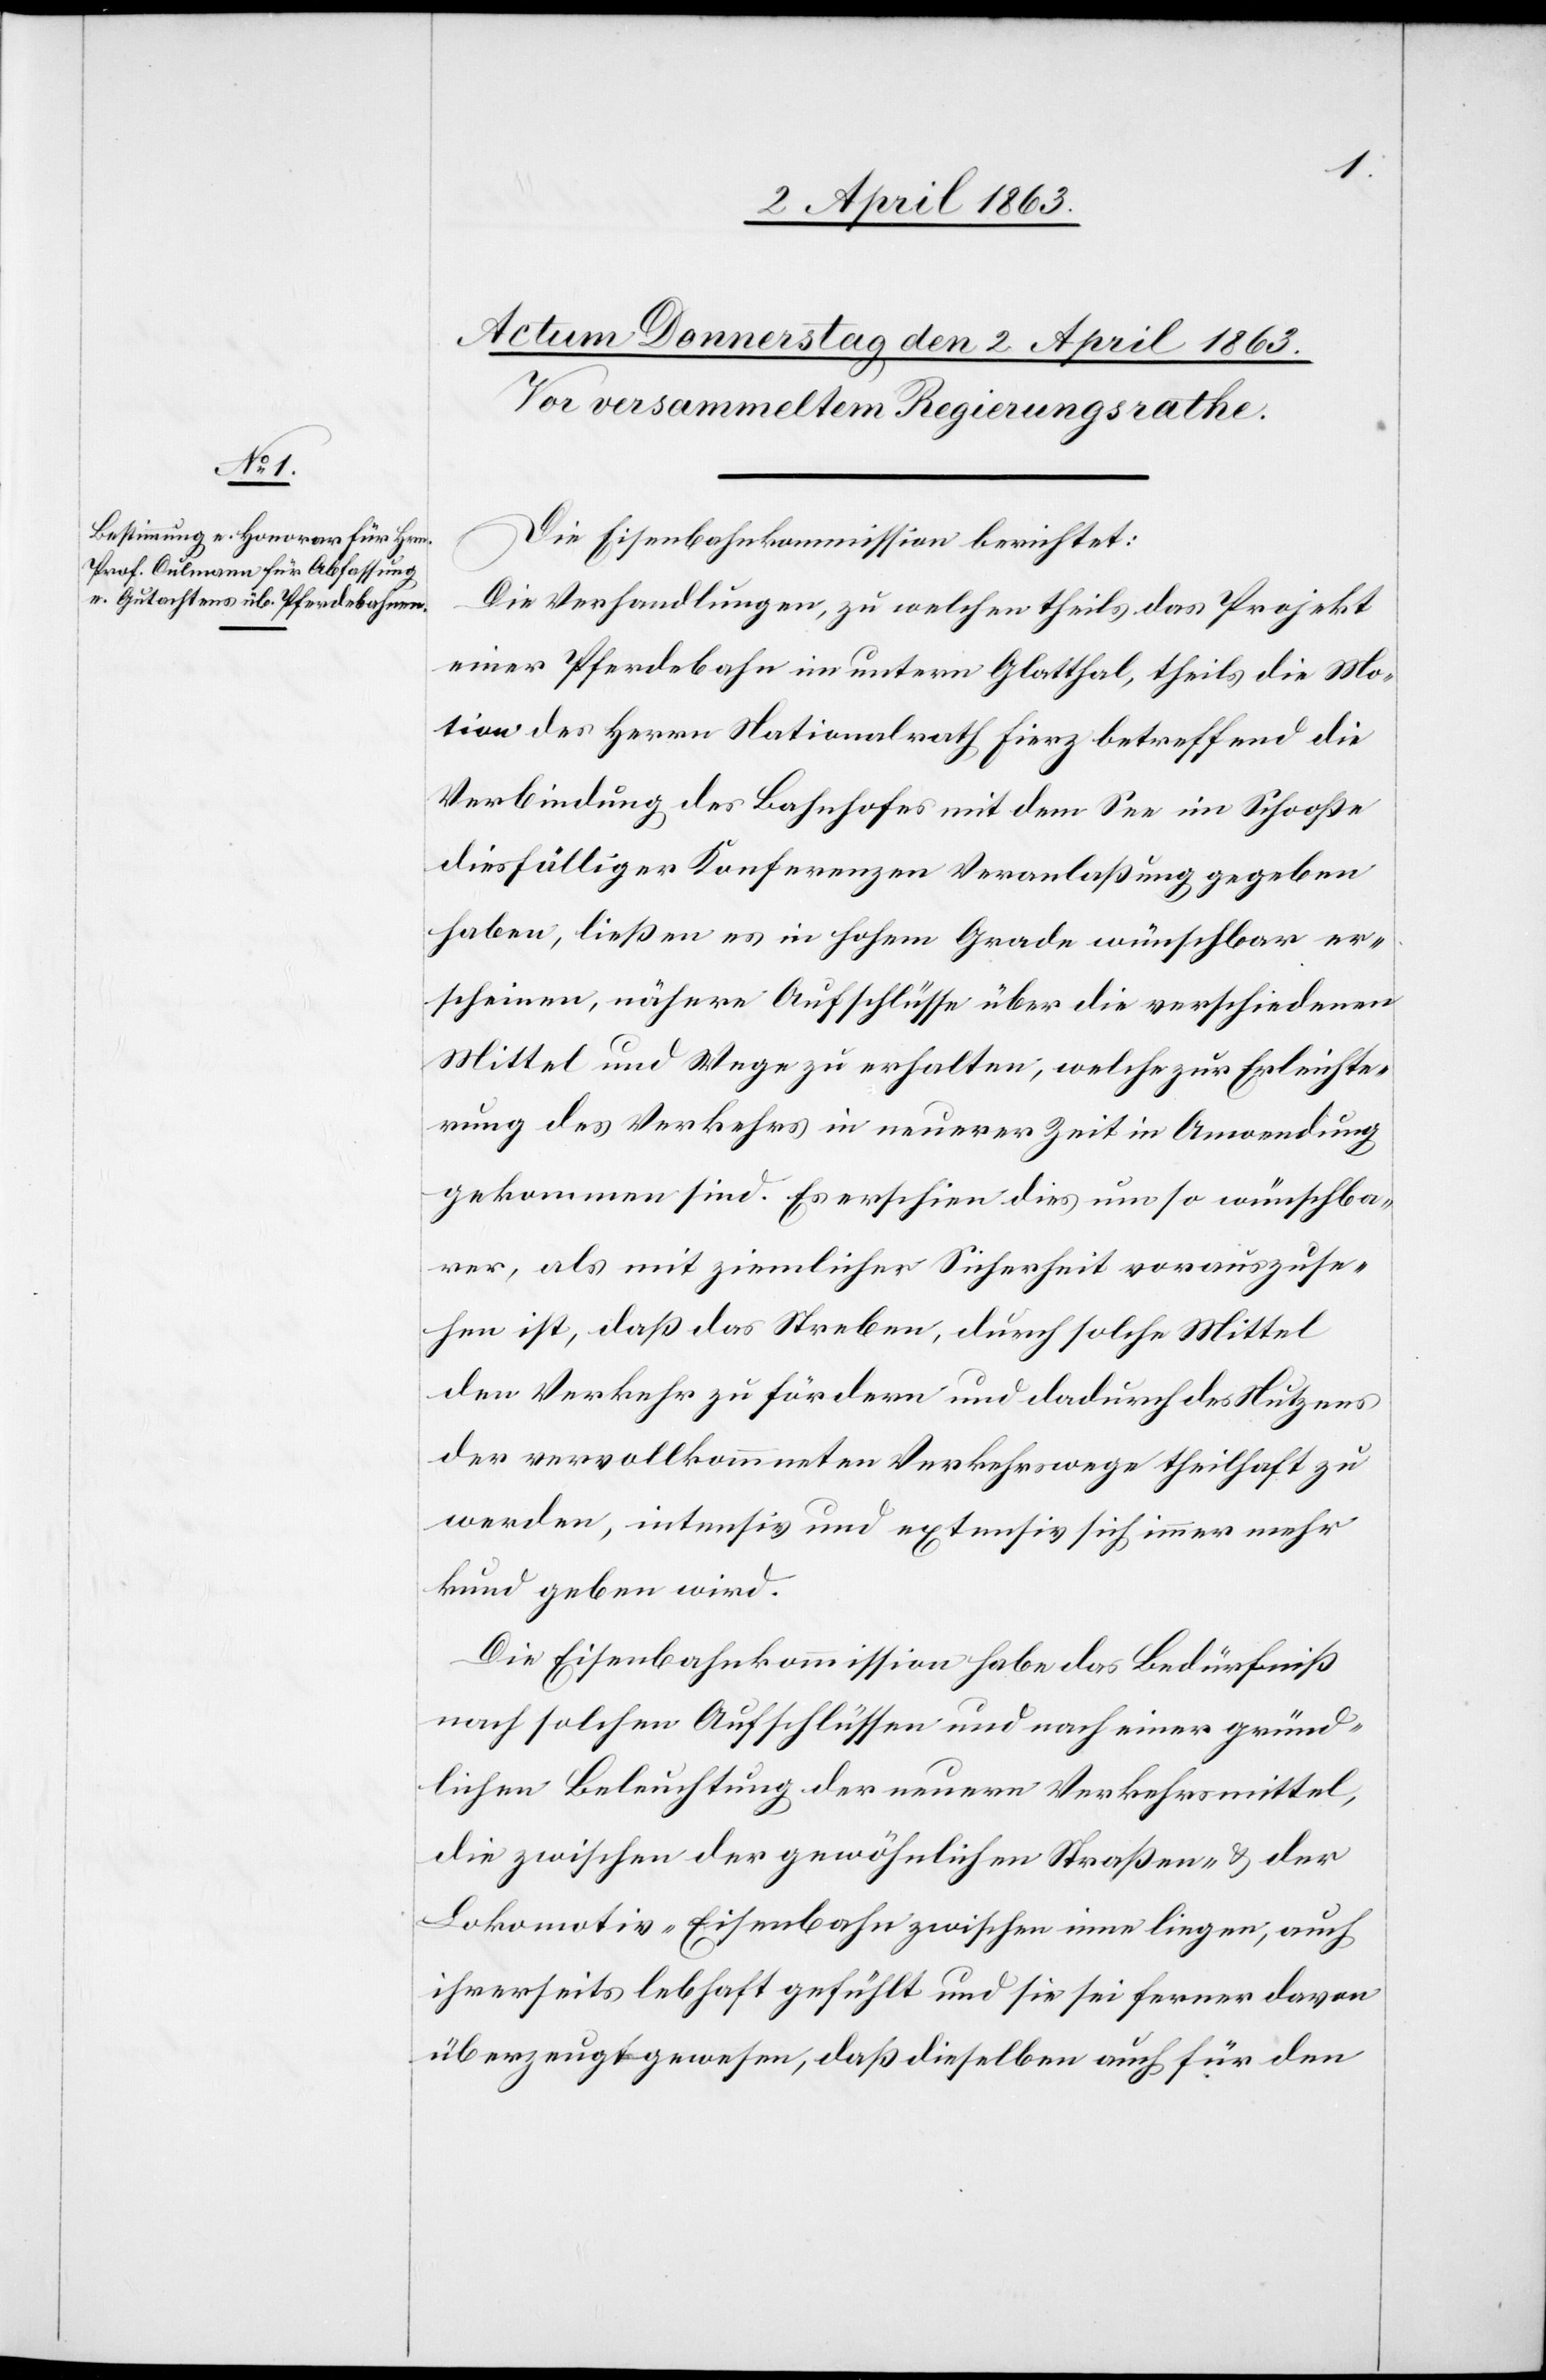
Die Eisenbahnkommission berichtet:
Die Verhandlungen, zu welchen theils das Projekt
einer Pferdebahn im untern Glatthal, theils die Mo¬
tion des Herrn Nationalrath Fierz betreffend die
Verbindung des Bahnhofes mit dem See im Schooße
diesfälliger Konferenzen Veranlaßung gegeben
haben, ließen es in hohem Grade wünschbar er¬
scheinen, nähere Aufschlüsse über die verschiedenen
Mittel und Wege zu erhalten, welche zur Erleichte¬
rung des Verkehrs in neuerer Zeit in Anwendung
gekommen sind. Es erschien dies um so wünschba¬
rer, als mit ziemlicher Sicherheit vorauszuse¬
hen ist, daß das Streben, durch solche Mittel
den Verkehr zu fördern und dadurch des Nutzens
der vervollkommneten Verkehrswege theilhaft zu
werden, intensiv und extensiv sich immer mehr
kund geben wird.
Die Eisenbahnkommission habe das Bedürfniß
nach solchen Aufschlüssen und nach einer gründ¬
lichen Beleuchtung der neuern Verkehrsmittel,
die zwischen der gewöhnlichen Straßen- & der
Lokomotiv-Eisenbahn zwischen inne liegen, auch
ihrerseits lebhaft gefühlt und sie sei ferner davon
überzeugt gewesen, daß dieselben auch für den